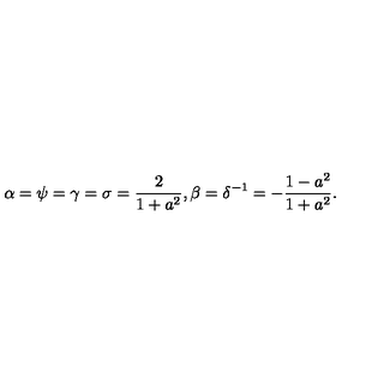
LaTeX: \alpha = \psi = \gamma = \sigma = \frac { 2 } { 1 + a ^ { 2 } } , \beta = \delta ^ { - 1 } = - \frac { 1 - a ^ { 2 } } { 1 + a ^ { 2 } } .